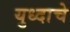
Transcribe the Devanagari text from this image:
युध्दाचे